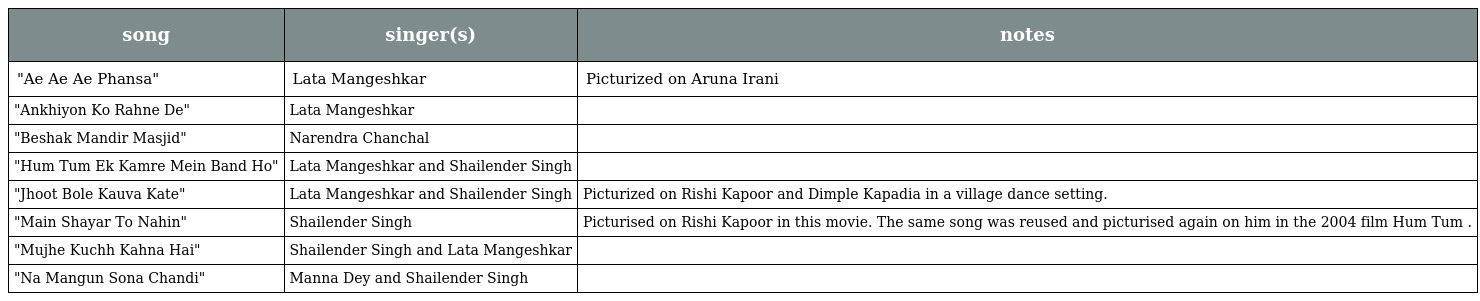
| song | singer(s) | notes |
 | --- | --- | --- |
 | "Ae Ae Ae Phansa" | Lata Mangeshkar | Picturized on Aruna Irani |
 | "Ankhiyon Ko Rahne De" | Lata Mangeshkar |  |
 | "Beshak Mandir Masjid" | Narendra Chanchal |  |
 | "Hum Tum Ek Kamre Mein Band Ho" | Lata Mangeshkar and Shailender Singh |  |
 | "Jhoot Bole Kauva Kate" | Lata Mangeshkar and Shailender Singh | Picturized on Rishi Kapoor and Dimple Kapadia in a village dance setting. |
 | "Main Shayar To Nahin" | Shailender Singh | Picturised on Rishi Kapoor in this movie. The same song was reused and picturised again on him in the 2004 film Hum Tum . |
 | "Mujhe Kuchh Kahna Hai" | Shailender Singh and Lata Mangeshkar |  |
 | "Na Mangun Sona Chandi" | Manna Dey and Shailender Singh |  |